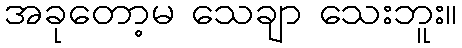
အခုတော့မ သေချာ သေးဘူး။